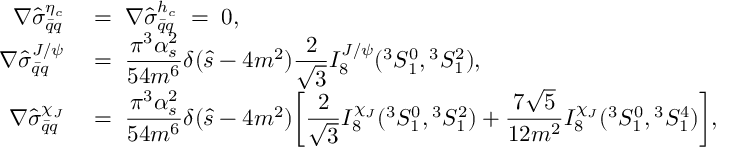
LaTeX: \begin{array} { r l } { { \nabla \hat { \sigma } _ { \bar { q } q } ^ { \eta _ { c } } \; } } & { { = \; \nabla \hat { \sigma } _ { \bar { q } q } ^ { h _ { c } } \; = \; 0 , } } \\ { { \nabla \hat { \sigma } _ { \bar { q } q } ^ { J / \psi } \; } } & { { = \; { \displaystyle { \frac { \pi ^ { 3 } \alpha _ { s } ^ { 2 } } { 5 4 m ^ { 6 } } } } \delta ( \hat { s } - 4 m ^ { 2 } ) \displaystyle { \frac { 2 } { \sqrt 3 } } { \cal I } _ { 8 } ^ { J / \psi } ( { } ^ { 3 } S _ { 1 } ^ { 0 } , { } ^ { 3 } S _ { 1 } ^ { 2 } ) , } } \\ { { \nabla \hat { \sigma } _ { \bar { q } q } ^ { \chi _ { J } } \; } } & { { = \; { \displaystyle { \frac { \pi ^ { 3 } \alpha _ { s } ^ { 2 } } { 5 4 m ^ { 6 } } } } \delta ( \hat { s } - 4 m ^ { 2 } ) \biggl [ \displaystyle { \frac { 2 } { \sqrt 3 } } { \cal I } _ { 8 } ^ { \chi _ { J } } ( { } ^ { 3 } S _ { 1 } ^ { 0 } , { } ^ { 3 } S _ { 1 } ^ { 2 } ) + \displaystyle { \frac { 7 \sqrt 5 } { 1 2 m ^ { 2 } } } { \cal I } _ { 8 } ^ { \chi _ { J } } ( { } ^ { 3 } S _ { 1 } ^ { 0 } , { } ^ { 3 } S _ { 1 } ^ { 4 } ) \biggr ] , } } \end{array}